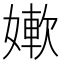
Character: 㜛